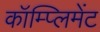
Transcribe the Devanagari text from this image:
कॉम्प्लिमेंट